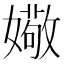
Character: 𫱻